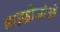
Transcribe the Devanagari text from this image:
हाइड्रोज़ोओ